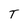
Character: T